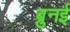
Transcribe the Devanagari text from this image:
ब्रुनई